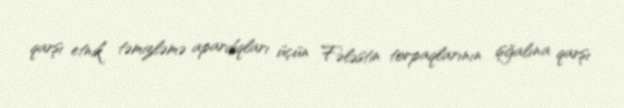
qarşı etnik təmizləmə apardıqları üçün Fələstin torpaqlarının işğalına qarşı